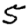
Digit: 5